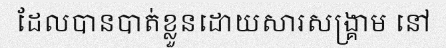
ដែលបានបាត់ខ្លួនដោយសារសង្គ្រាម នៅ